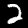
Digit: 2